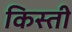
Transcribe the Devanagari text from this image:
किस्‍ती